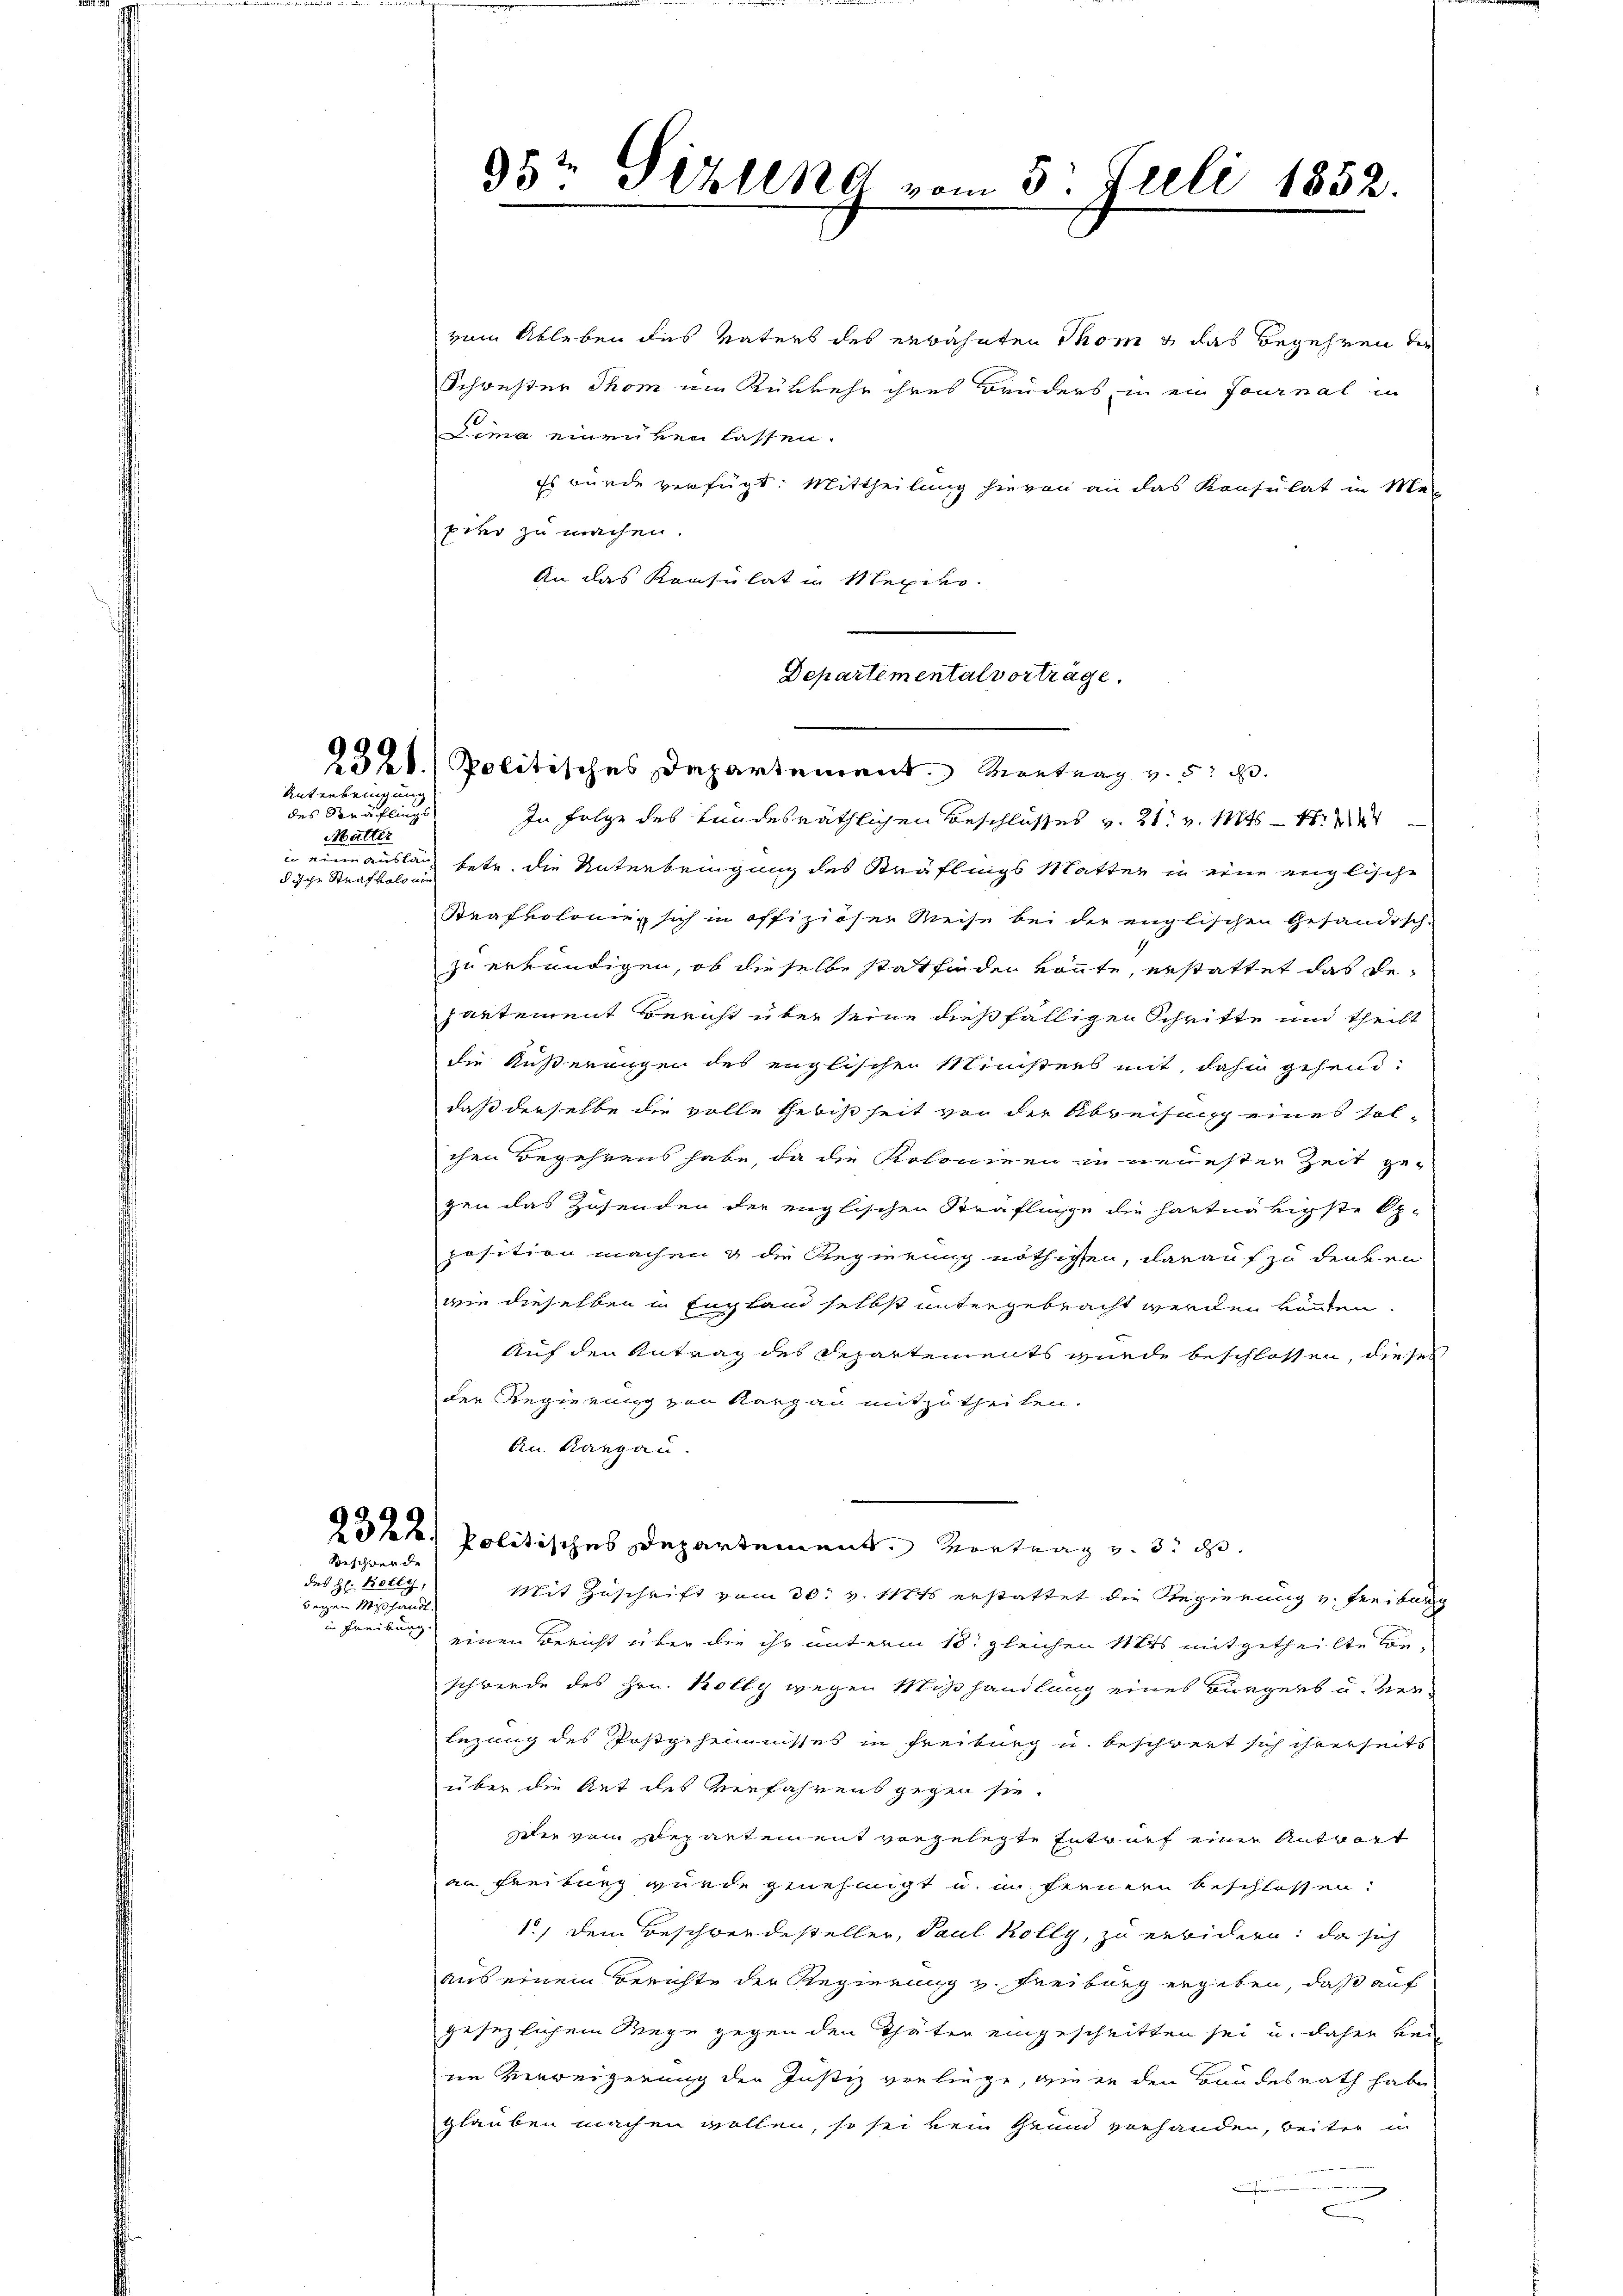
Unterbringung
des Sträflings
Mutter
dische Strafvolonie

Beschwerde

des H. Kolly,
beym Mißhande

vom Ableben des Vaters des erwähnten Thom & das Begehren der
Schwester Thom im Rükkehr ihres Bruders in ein fournal in
Lima einenken lassen.
Es wurde verfügt: Mittheilung hievon an das Konsulat in Me
pier zu machen.
An das Konsulat in Mexiko
In Folge des tundesräthlichen Beschlusses v. 21. v. Mts. — St. M
in einauslage betr. die Unterbringung des Sträflings Matter in eine englische
Strafkolonig sich in offiziöser Weise bei der englischen Gesändisch-
zu erkendigen, ob dieselbe stattfinden könnte, erstattet das de
partement Bericht über seine dießfälligen Schritte und theilt
die Aüßerungen des englischen Ministers mit, dahin gehend:
daß derselbe die volle Gebißheit von der Abweisung eines sol-
chen Begehrens habe, da die Koloniren zu neuester Zeit ge-
gen das Zusenden der englischen Kräflinge die hartnärigste Op-
position machen & die Regierung nöthigen, darauf zu denken
wie dieselben in England selbst untergebracht werden könten.
Auf den Antrag des Departements wurde beschlossen, dieses
der Regierung zur Karpan mitzutheilen.
An Rangau.
2322 Politisches Departement. Vortrag v. 3. d.
Mit Zuschrift vom 30. v. Mts erstattet die Regierung v. Freiburg
i Freiburg einen Bericht über die ihr unterm 13. gleichen Mits mitgetheilte Be¬
Schwerde des Hrn. Kolly wegen Mißhandlung eines Bürgers u. ver¬
Lezung des Postgeheimnisses in Freiburg u. beschreit sich ihrerseits
über die Art des Verfahrens gegen sie.
sie vom Departement vorgelegte Entwurf einer Antragt
an Freiburg wurde genehmigt u. im fernern beschlossen:
1.) Dem Beschwerdesteller, Paul Kolly, zu erwidern; da sich
aus einem Berichte der Regierung v. Freiburg ergeben, daß auf
gesezlichem Wege gegen den Thäter eingeschritten sei u. daher verne Verweigerung der Justiz vorliege, die in den Bundesrath habe
glauben machen wollen, so sei kein Grund vorhanden, beiter in
d

1321. Politisches Departement. Montrag v. 5. d.

95½ Pizlena vom 5. Juli 1852.

Departemental vorträge.